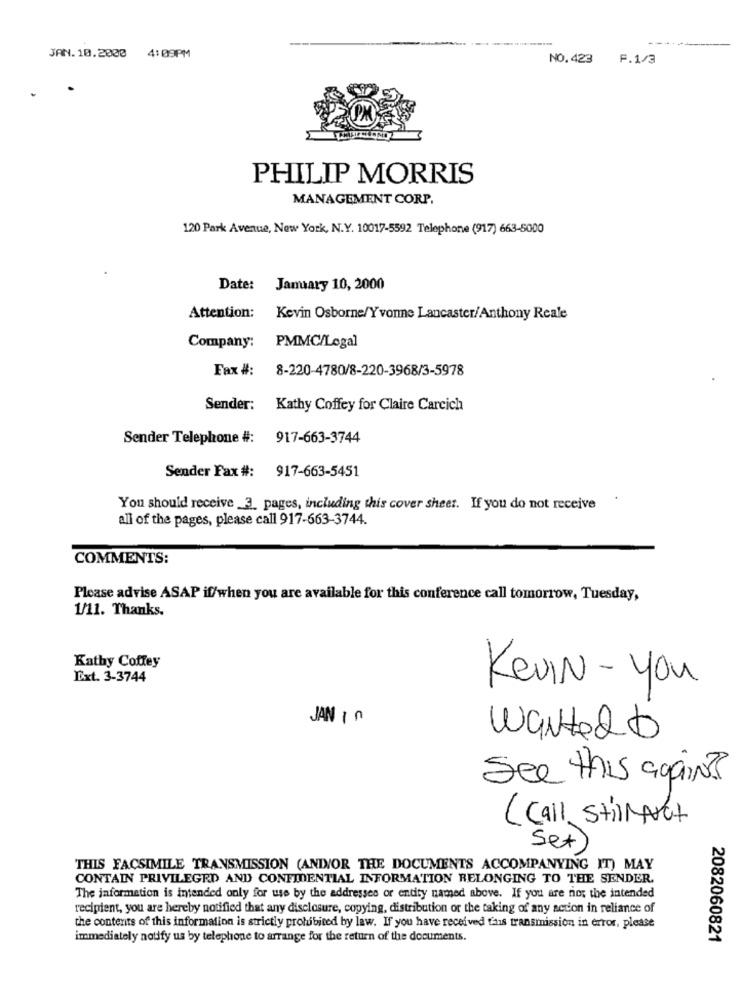
4:09PM
JAN. 10.2000
NO.423 F.1/3
PHILIP MORRIS
MANAGEMENT CORP.
120 Park Avenue, New York, N.Y. 10017-5592 Telephone (917) 663-5000
Date: January 10, 2000
Attention:
Kevin Osborne/Yvonne Lancaster/Anthony Reale
Company:
PMMC/Legal
Fax #: 8-220-4780/8-220-3968/3-5978
Sender: Kathy Coffey for Claire Careich
Sender Telephone #: 917-663-3744
Sender Fax #: 917-663-5451
You should receive 3. pages, including this cover sheet. If you do not receive
all of the pages, please call 917-663-3744.
COMMENTS:
Please advise ASAP if/when you are available for this conference call tomorrow, Tuesday,
1/11. Thanks.
Kathy Coffey
Ext. 3-3744
Kevin-You
JAN in
Wantedto
See this again ?
(Call StillAset
Set )
THIS FACSIMILE TRANSMISSION (ANIOR THE DOCUMENTS ACCOMPANYING IT) MAY
CONTAIN PRIVILEGED AND CONFIDENTIAL INFORMATION BELONGING TO THE SENDER.
The information is intended only for use by the addressee or entity named above. If you are not the intended
recipient, you are hereby notified that any disclosure, copying, distribution or the taking of any action in reliance of
the contents of this information is strictly prohibited by law. If you have received this transmission in error, please
immediately notify us by telephone to arrange for the return of the documents.
2082060821